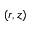
( r , z )